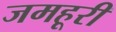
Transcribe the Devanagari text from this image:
जमहूरी